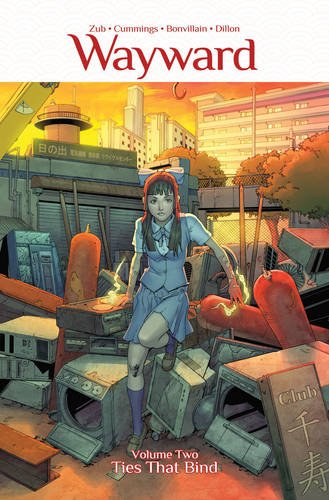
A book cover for Wayward Volume 2: Ties That Bind (Wayward Tp); Jim Zubkavich; Comics & Graphic Novels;